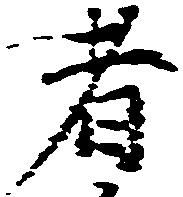
者